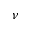
\nu